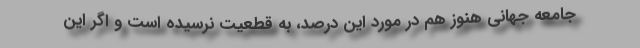
جامعه جهانی هنوز هم در مورد این درصد، به قطعیت نرسیده است و اگر این